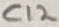
Text: C12